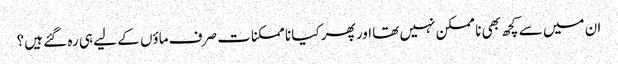
ان میں سے کچھ بھی نا ممکن نہیں تھا اور پھر کیا نا ممکنات صرف ماؤں کے لیے ہی رہ گئے ہیں؟